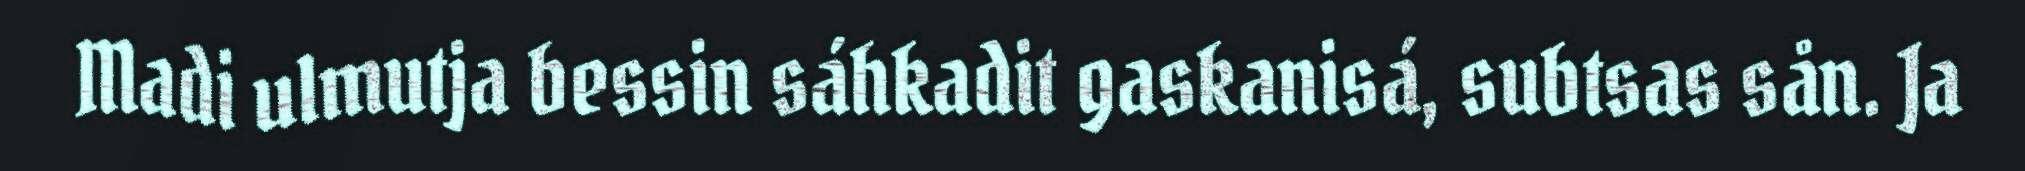
Madi ulmutja bessin sáhkadit gaskanisá, subtsas sån. Ja